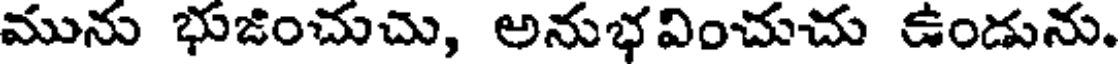
మును భుజించుచు, అనుభవించుచు ఉండును.